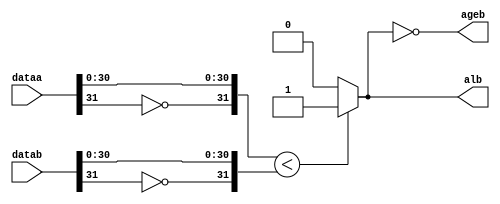
module  ALU_COMPARE_cmpr
	( 
	ageb,
	alb,
	dataa,
	datab) /* synthesis synthesis_clearbox=1 */;
	output   ageb;
	output   alb;
	input   [31:0]  dataa;
	input   [31:0]  datab;
`ifndef ALTERA_RESERVED_QIS
// synopsys translate_off
`endif
	tri0   [31:0]  dataa;
	tri0   [31:0]  datab;
`ifndef ALTERA_RESERVED_QIS
// synopsys translate_on
`endif

	reg	wire_alb_int;
	wire	[31:0]	dataa_int;
	wire	[31:0]	datab_int;

	assign
		dataa_int = {~dataa[31:31], dataa[30:0]},
		datab_int = {~datab[31:31], datab[30:0]};
	always @(dataa_int or datab_int)
	begin
		if (dataa_int < datab_int) 
			begin
				wire_alb_int = 1'b1;
			end
		else
			begin
				wire_alb_int = 1'b0;
			end
	end
	assign
		alb = wire_alb_int,
		ageb = !wire_alb_int;
endmodule